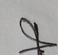
Signature authenticity: genuine